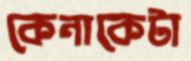
কেনাকেটা